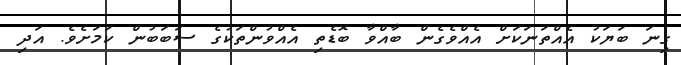
ގިނަ ބަޔަކު އެއްތަނަކަށް އެއްވެގެން ބާއްވާ ބޮޑެތި އެއްވުންތަކުގެ ސަބަބުން ކަމަށެވެ. އަދި